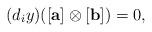
LaTeX: \begin{align*} (d_{i}y)([\mathbf{a}]\otimes [\mathbf{b}])=0, \end{align*}